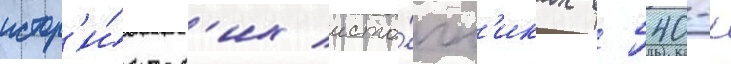
истор'и́ческ'их исто́чн'иках в 540-х